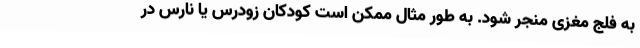
به فلج مغزی منجر شود. به طور مثال ممکن است کودکان زودرس یا نارس در